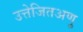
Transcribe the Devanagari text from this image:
उत्तेजितअणु